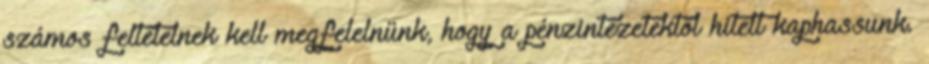
számos feltételnek kell megfelelnünk, hogy a pénzintézetektől hitelt kaphassunk.